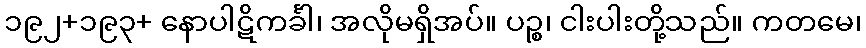
၁၉၂+၁၉၃+ နောပါဋိကင်္ခါ၊ အလိုမရှိအပ်။ ပဉ္စ၊ ငါးပါးတို့သည်။ ကတမေ၊